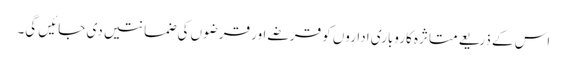
اس کے ذریعے متاثرہ کاروباری اداروں کو قرضے اور قرضوں کی ضمانتیں دی جائیں گی۔